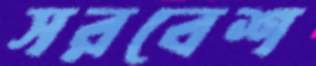
সরবেশ